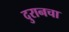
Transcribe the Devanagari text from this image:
दुरानचा